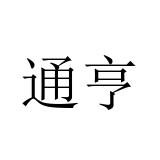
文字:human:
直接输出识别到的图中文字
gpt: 通亨